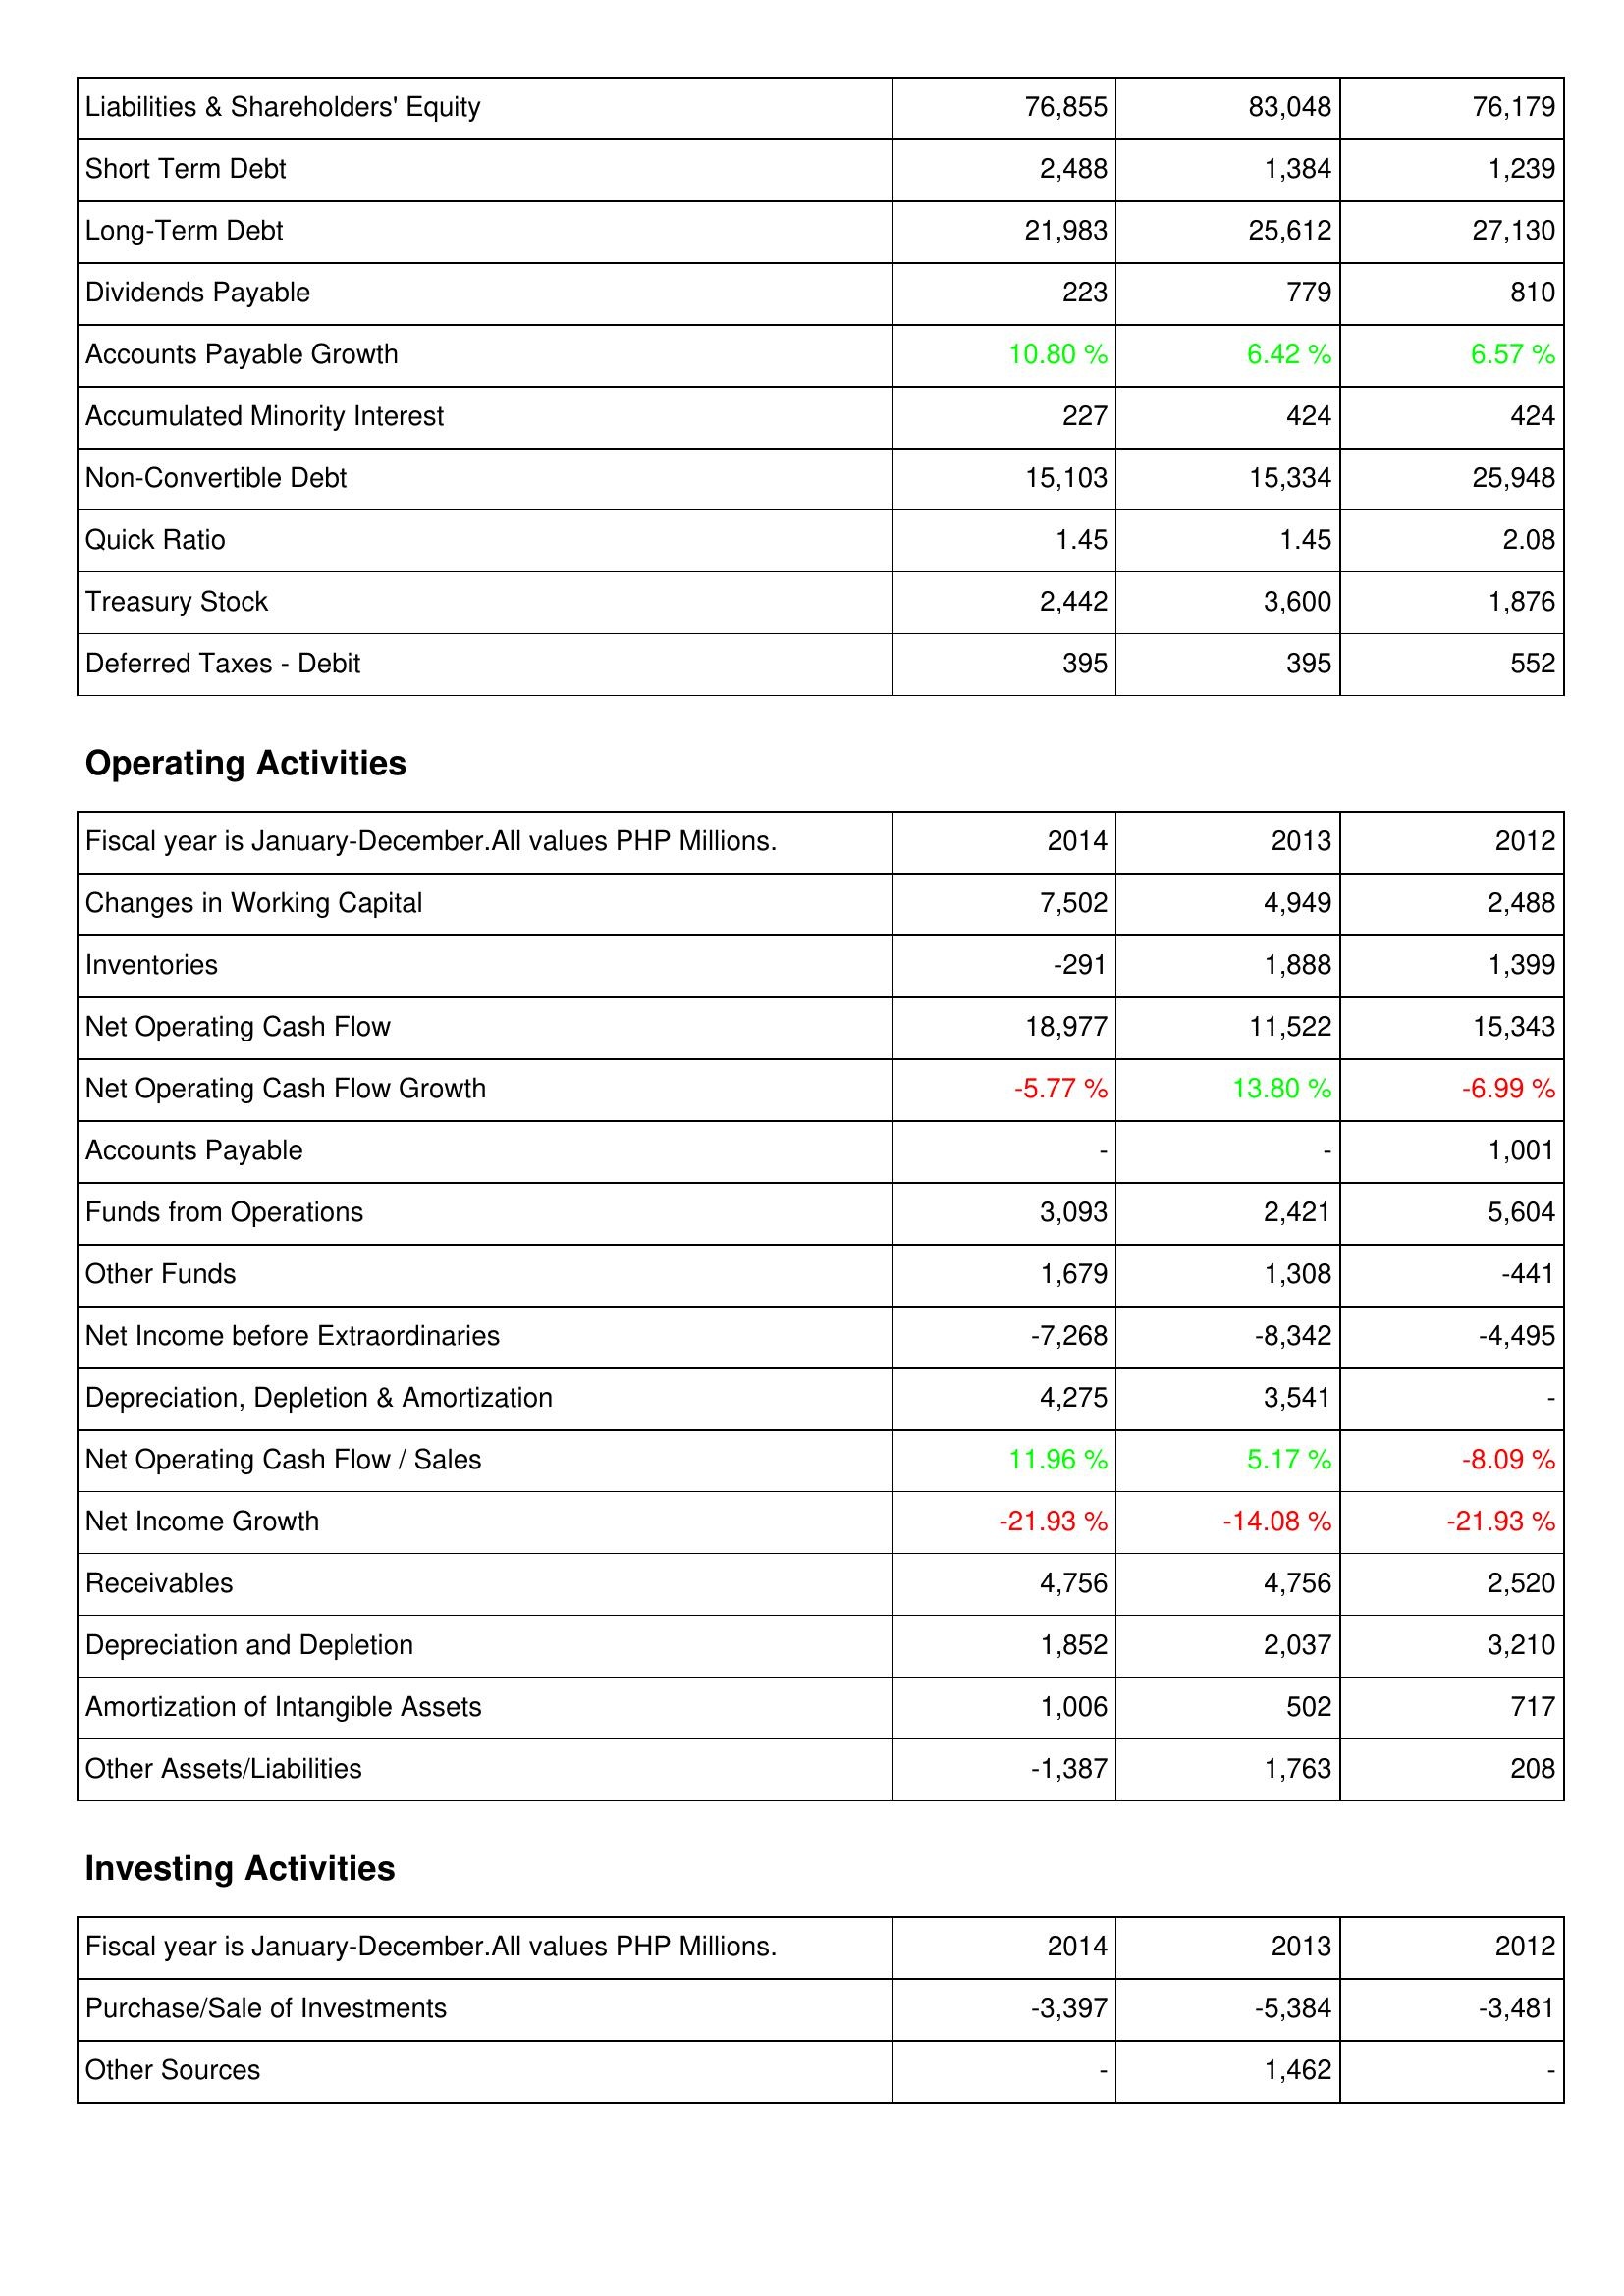
2014: Liabilities & Shareholders' Equity: Liabilities & Shareholders' Equity: 76,855
Short Term Debt: 2,488
Long-Term Debt: 21,983
Dividends Payable: 223
Accounts Payable Growth: 10.80 %
Accumulated Minority Interest: 227
Non-Convertible Debt: 15,103
Quick Ratio: 1.45
Treasury Stock: 2,442
Deferred Taxes - Debit: 395
Operating Activities: Changes in Working Capital: 7,502
Inventories: -291
Net Operating Cash Flow: 18,977
Net Operating Cash Flow Growth: -5.77 %
Accounts Payable: -
Funds from Operations: 3,093
Other Funds: 1,679
Net Income before Extraordinaries: -7,268
Depreciation, Depletion & Amortization: 4,275
Net Operating Cash Flow / Sales: 11.96 %
Net Income Growth: -21.93 %
Receivables: 4,756
Depreciation and Depletion: 1,852
Amortization of Intangible Assets: 1,006
Other Assets/Liabilities: -1,387
Investing Activities: Purchase/Sale of Investments: -3,397
Other Sources: -
2013: Liabilities & Shareholders' Equity: Liabilities & Shareholders' Equity: 83,048
Short Term Debt: 1,384
Long-Term Debt: 25,612
Dividends Payable: 779
Accounts Payable Growth: 6.42 %
Accumulated Minority Interest: 424
Non-Convertible Debt: 15,334
Quick Ratio: 1.45
Treasury Stock: 3,600
Deferred Taxes - Debit: 395
Operating Activities: Changes in Working Capital: 4,949
Inventories: 1,888
Net Operating Cash Flow: 11,522
Net Operating Cash Flow Growth: 13.80 %
Accounts Payable: -
Funds from Operations: 2,421
Other Funds: 1,308
Net Income before Extraordinaries: -8,342
Depreciation, Depletion & Amortization: 3,541
Net Operating Cash Flow / Sales: 5.17 %
Net Income Growth: -14.08 %
Receivables: 4,756
Depreciation and Depletion: 2,037
Amortization of Intangible Assets: 502
Other Assets/Liabilities: 1,763
Investing Activities: Purchase/Sale of Investments: -5,384
Other Sources: 1,462
2012: Liabilities & Shareholders' Equity: Liabilities & Shareholders' Equity: 76,179
Short Term Debt: 1,239
Long-Term Debt: 27,130
Dividends Payable: 810
Accounts Payable Growth: 6.57 %
Accumulated Minority Interest: 424
Non-Convertible Debt: 25,948
Quick Ratio: 2.08
Treasury Stock: 1,876
Deferred Taxes - Debit: 552
Operating Activities: Changes in Working Capital: 2,488
Inventories: 1,399
Net Operating Cash Flow: 15,343
Net Operating Cash Flow Growth: -6.99 %
Accounts Payable: 1,001
Funds from Operations: 5,604
Other Funds: -441
Net Income before Extraordinaries: -4,495
Depreciation, Depletion & Amortization: -
Net Operating Cash Flow / Sales: -8.09 %
Net Income Growth: -21.93 %
Receivables: 2,520
Depreciation and Depletion: 3,210
Amortization of Intangible Assets: 717
Other Assets/Liabilities: 208
Investing Activities: Purchase/Sale of Investments: -3,481
Other Sources: -